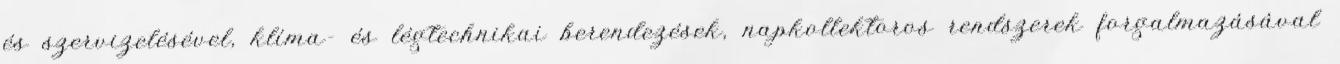
és szervizelésével, klíma- és légtechnikai berendezések, napkollektoros rendszerek forgalmazásával